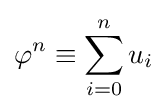
\varphi ^{n}\equiv \sum _{i=0}^{n}u_{i}